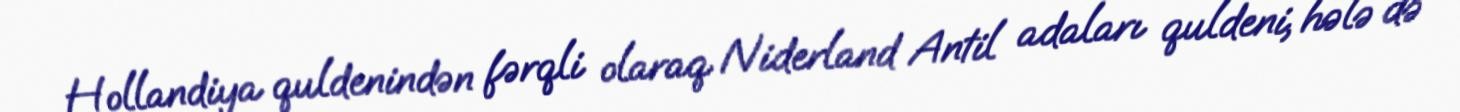
Hollandiya quldenindən fərqli olaraq Niderland Antil adaları quldeni, hələ də